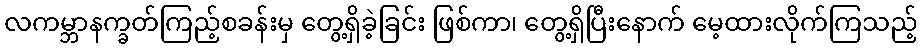
လကမ္ဘာနက္ခတ်ကြည့်စခန်းမှ တွေ့ရှိခဲ့ခြင်း ဖြစ်ကာ၊ တွေ့ရှိပြီးနောက် မေ့ထားလိုက်ကြသည့်